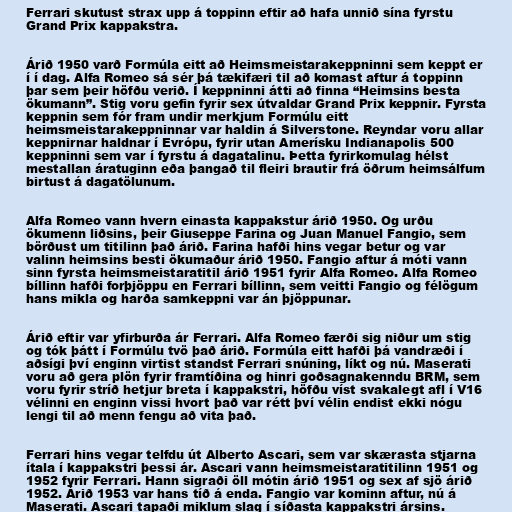
Ferrari skutust strax upp á toppinn eftir að hafa unnið sína fyrstu
Grand Prix kappakstra.

Árið 1950 varð Formúla eitt að Heimsmeistarakeppninni sem keppt er
í í dag. Alfa Romeo sá sér þá tækifæri til að komast aftur á toppinn
þar sem þeir höfðu verið. Í keppninni átti að finna “Heimsins besta
ökumann”. Stig voru gefin fyrir sex útvaldar Grand Prix keppnir. Fyrsta
keppnin sem fór fram undir merkjum Formúlu eitt
heimsmeistarakeppninnar var haldin á Silverstone. Reyndar voru allar
keppnirnar haldnar í Evrópu, fyrir utan Amerísku Indianapolis 500
keppninni sem var í fyrstu á dagatalinu. Þetta fyrirkomulag hélst
mestallan áratuginn eða þangað til fleiri brautir frá öðrum heimsálfum
birtust á dagatölunum.

Alfa Romeo vann hvern einasta kappakstur árið 1950. Og urðu
ökumenn liðsins, þeir Giuseppe Farina og Juan Manuel Fangio, sem
börðust um titilinn það árið. Farina hafði hins vegar betur og var
valinn heimsins besti ökumaður árið 1950. Fangio aftur á móti vann
sinn fyrsta heimsmeistaratitil árið 1951 fyrir Alfa Romeo. Alfa Romeo
bíllinn hafði forþjöppu en Ferrari bíllinn, sem veitti Fangio og félögum
hans mikla og harða samkeppni var án þjöppunar.

Árið eftir var yfirburða ár Ferrari. Alfa Romeo færði sig niður um stig
og tók þátt í Formúlu tvö það árið. Formúla eitt hafði þá vandræði í
aðsígi því enginn virtist standst Ferrari snúning, líkt og nú. Maserati
voru að gera plön fyrir framtíðina og hinri goðsagnakenndu BRM, sem
voru fyrir stríð hetjur breta í kappakstri, höfðu víst svakalegt afl í V16
vélinni en enginn vissi hvort það var rétt því vélin endist ekki nógu
lengi til að menn fengu að vita það.

Ferrari hins vegar telfdu út Alberto Ascari, sem var skærasta stjarna
ítala í kappakstri þessi ár. Ascari vann heimsmeistaratitilinn 1951 og
1952 fyrir Ferrari. Hann sigraði öll mótin árið 1951 og sex af sjö árið
1952. Árið 1953 var hans tíð á enda. Fangio var kominn aftur, nú á
Maserati. Ascari tapaði miklum slag í síðasta kappakstri ársins.